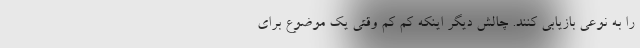
را به نوعی بازیابی کنند. چالش دیگر اینکه کم کم وقتی یک موضوع برای